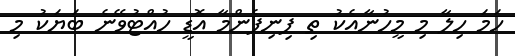
ހަމަ ހިލާ މި މީހުނާއެކު ތި ފިނިފެންމާ އޮޑީ ހުއްޓުވޭނެ ބަޔަކު މި